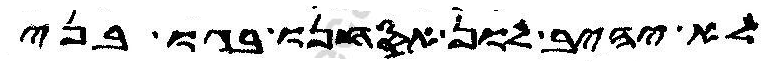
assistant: לא יהיב לון אסחנו בגו בני